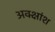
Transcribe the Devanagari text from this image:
अक्क्षांश